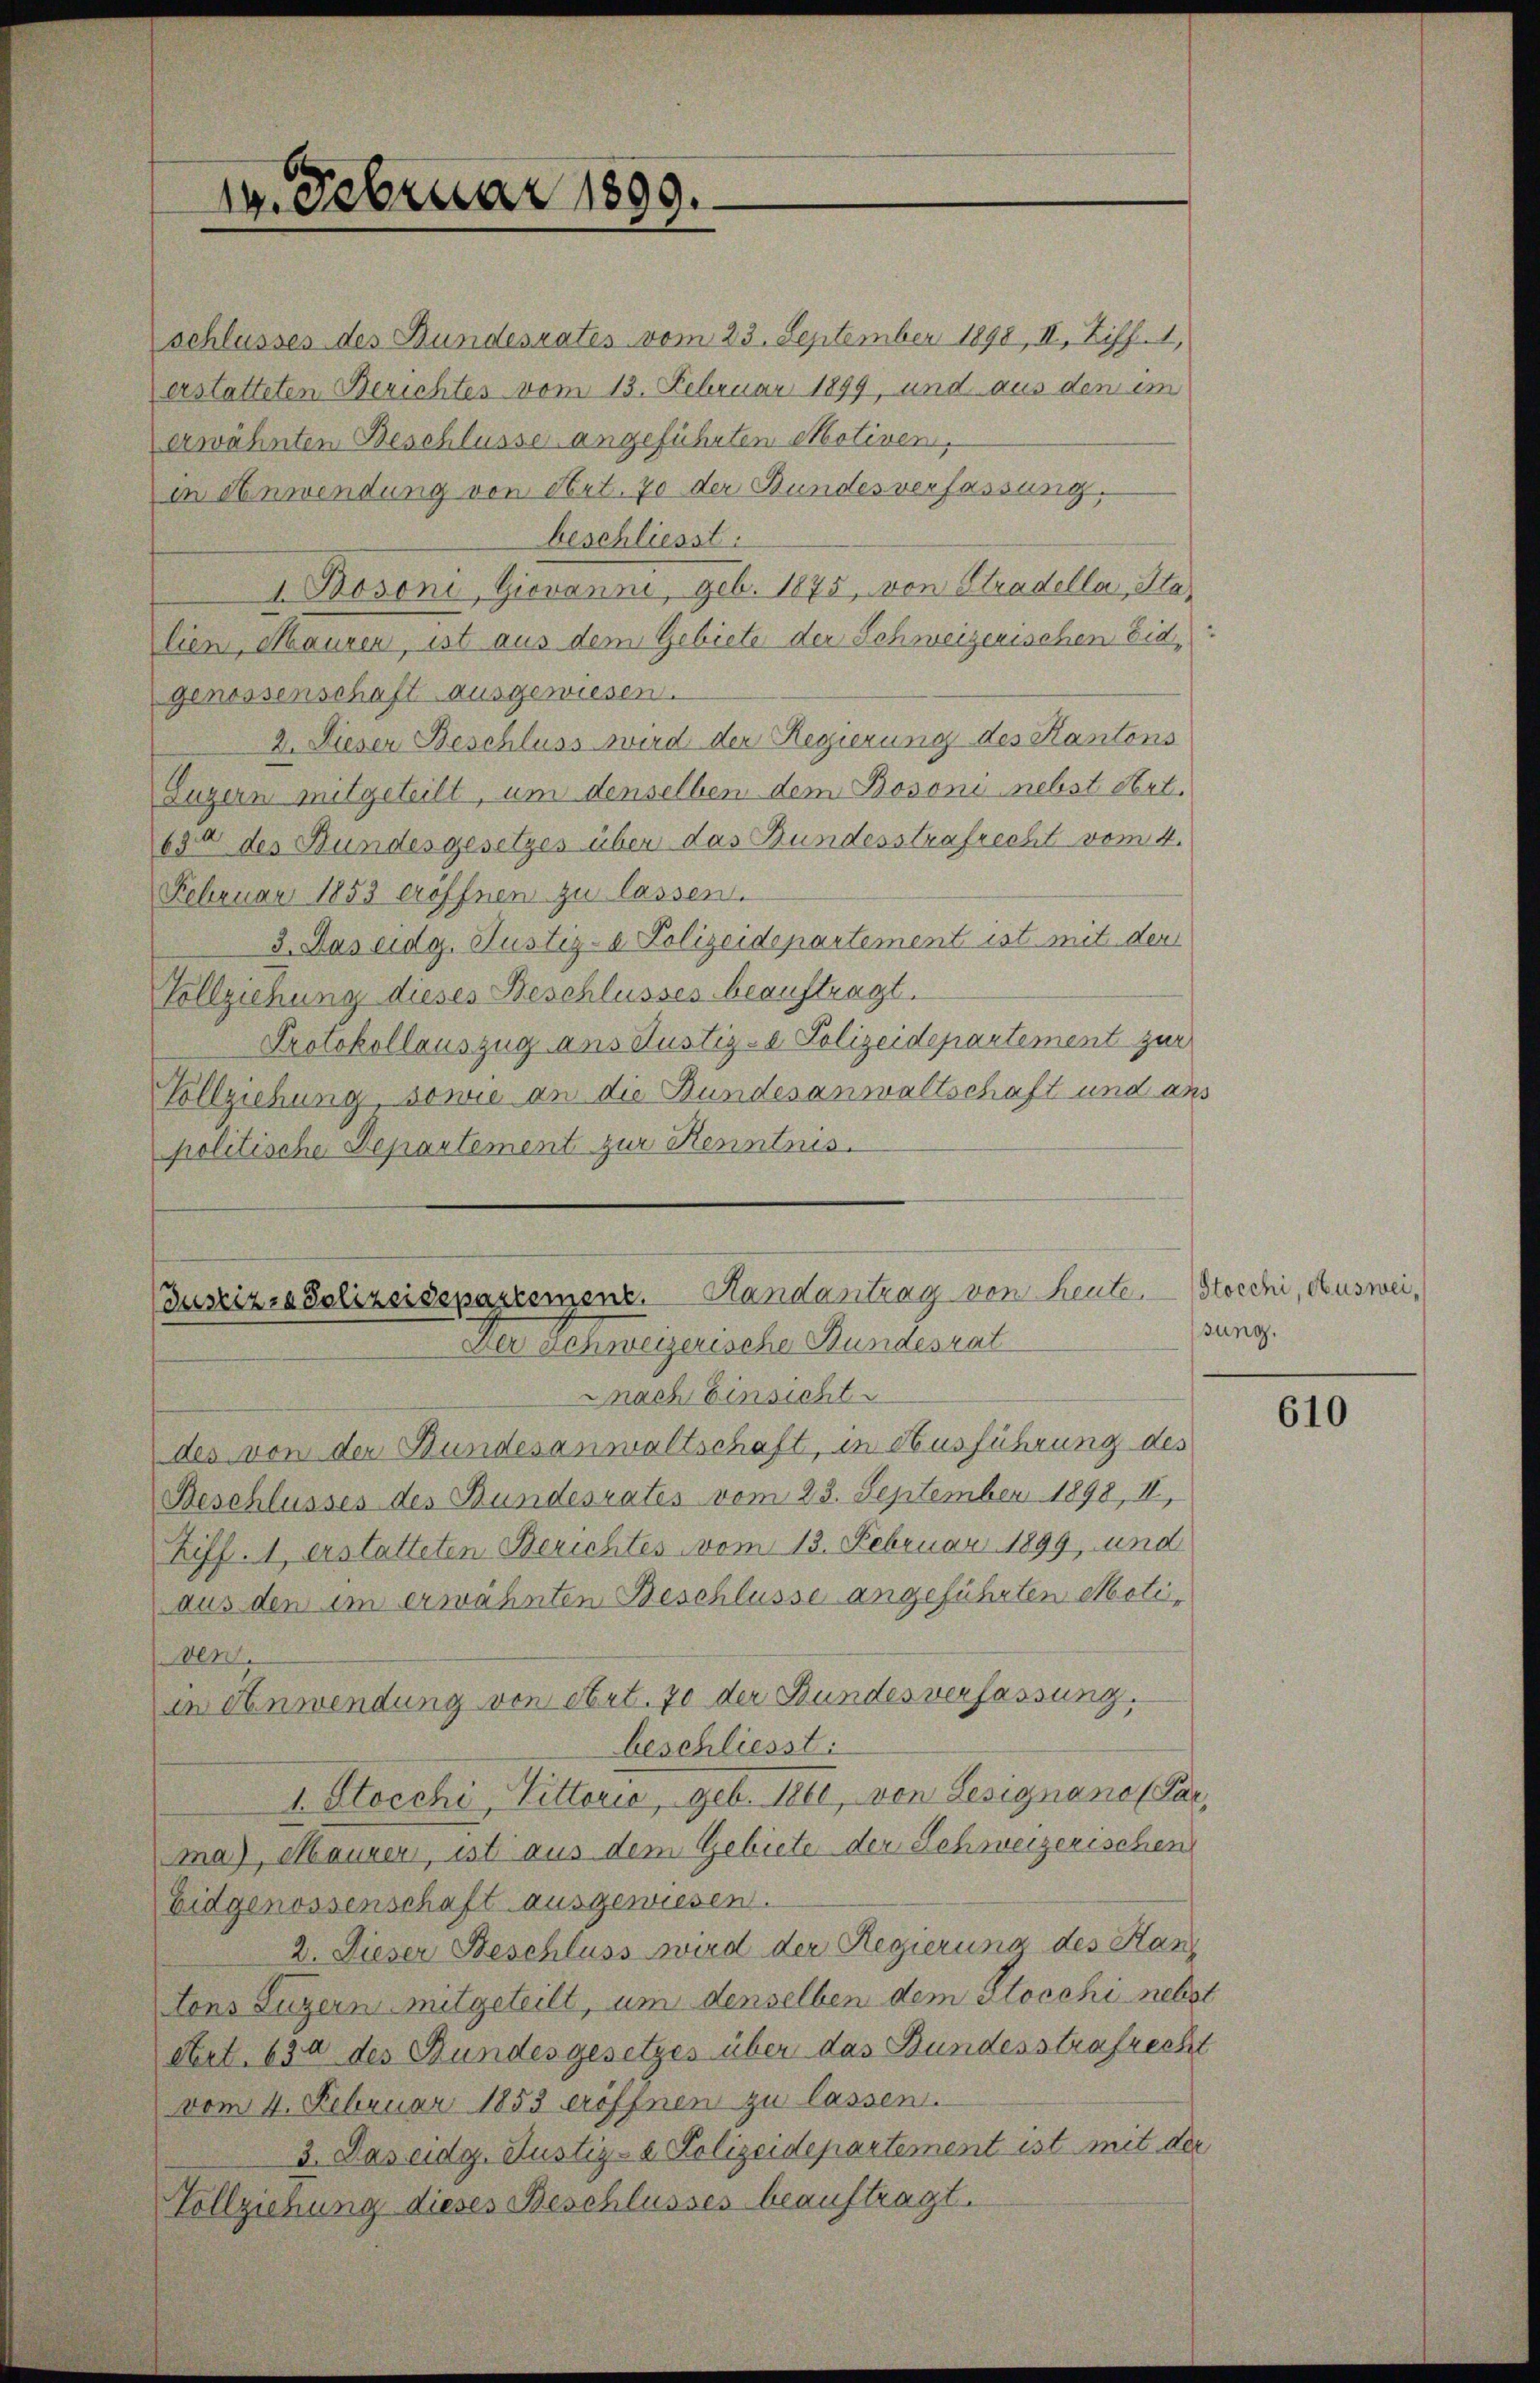
19. Februar 1890.

schlusses des Bundesrates vom 23. September 1898, II, Ziff. 1,
erstatteten Berichtes vom 13. Februar 1899, und aus den ein
erwähnten Beschlüsse angeführten Motiven,
in Anwendung von Art. 70 der Bundesverfassung.
beschliesst.
I Bosoni, Giovanni, geb. 1875, von Stradella, Stalien, Mauren, ist aus dem Gebiete der Schweizerischen Eid,
genossenschaft ausgewiesen.
2. Dieser Beschluss wird der Regierung des Kantons
Luzern mitgeteilt, um denselben dem Bosoni nebst Art.
690 des Bundesgesetzes über das Bundesstrafrecht vom 4.
Februar 1853 eröffnen zu lassen.
3. Das eidg. Justiz- & Polizeidepartement ist mit der
Vollziehung dieses Beschlusses beauftragt.
Protokollauszug ans Justiz- & Polizeidepartement zur
Vollziehung, sowie an die Bundesanwaltschaft und ans
politische Departement zur Kenntnis.
(Justiz & Polizeidepartement. Handantrag von Heute Stocchi, auswei¬
Der Schweizerische Bundesrat
nach Einsicht
des von der Bundesanwaltschaft, in Ausführung des
Beschlusses des Bundesrates vom 23. September 1898, II,
hiff. 1, erstatteten Berichtes vom 13. Februar 1899, und
aus den im erwähnten Beschlüsse angeführten Motiden
in Anwendung von Art. 70 der Bundesverfassung.
beschliesst.
I. Stocchi, Vittorić, geb. Tele, von Resignano (Par,
ma), Maurer, ist aus dem Gebiete der Schweizerischen
Eidgenossenschaft ausgewiesen.
2. Dieser Beschluss wird der Regieruna des Han
tons Luzern mitgeteilt, um denselben dem Stocchi nebst
Art. 634 des Bundesgesetzes über das Bundesstrafrecht
vom 4. Februar 1853 eröffnen zu lassen.
3. Das eidg. Justiz- & Polizeidepartement ist mit der
Vollziehung dieses Beschlusses beauftragt.

sung.

610